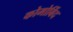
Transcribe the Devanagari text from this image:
कोमोर्बिद